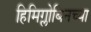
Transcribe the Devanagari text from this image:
हिमिग्लोबिनच्या